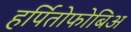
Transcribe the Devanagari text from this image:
हर्पितोफोबिअ